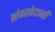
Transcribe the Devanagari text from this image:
शांकरवेदान्ती